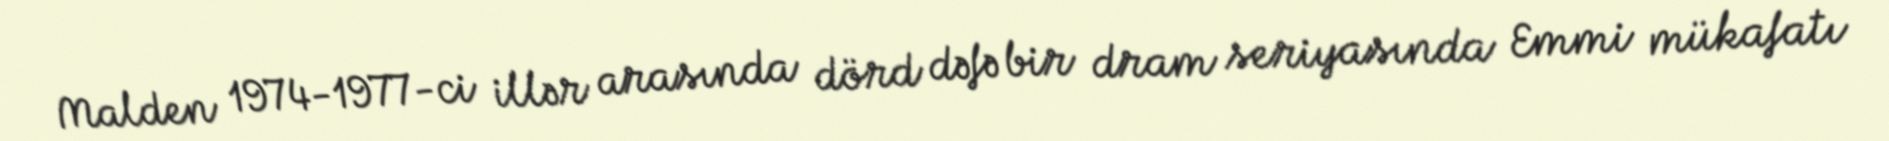
Malden 1974-1977-ci illər arasında dörd dəfə bir dram seriyasında Emmi mükafatı